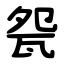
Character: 㼝